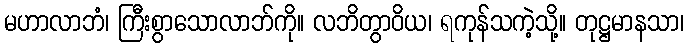
မဟာလာဘံ၊ ကြီးစွာသောလာဘ်ကို။ လဘိတွာဝိယ၊ ရကုန်သကဲ့သို့။ တုဋ္ဌမာနသာ၊